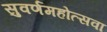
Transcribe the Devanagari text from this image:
सुवर्णमहोत्सवा